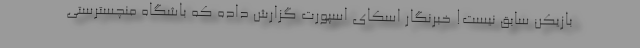
بازیکن سابق نیست! خبرنگار اسکای اسپورت گزارش داده که باشگاه منچسترستی